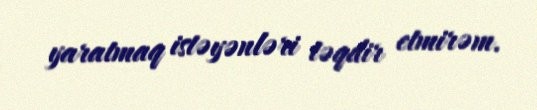
yaratmaq istəyənləri təqdir etmirəm.